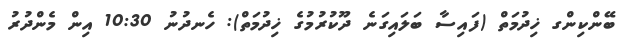
ބޭންކިންގ ޚިދުމަތް (ފައިސާ ބަލައިގަނެ ދޫކުރުމުގެ ޚިދުމަތް): ހެނދުނު 10:30 އިން މެންދުރު